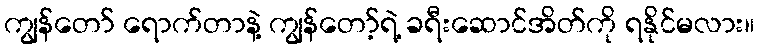
ကျွန်တော် ရောက်တာနဲ့ ကျွန်တော့်ရဲ့ ခရီးဆောင်အိတ်ကို ရနိုင်မလား။